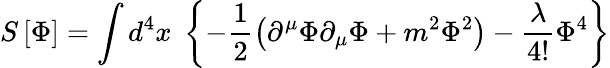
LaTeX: S\left[\Phi\right]=\int d^{4}x\; \left\{ -\frac{1}{2}\left(\partial^{\mu}\Phi\partial_{\mu}\Phi+m^{2}\Phi^{2}\right)-\frac\lambda{4!}\Phi^{4}\right\}